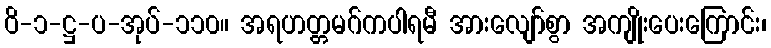
ဝိ-၁-ဋ္ဌ-ပ-အုပ်-၁၁၀။ အရဟတ္တမဂ်ကပါရမီ အားလျော်စွာ အကျိုးပေးကြောင်း၊